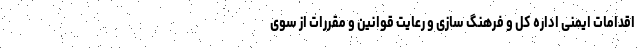
اقدامات ایمنی اداره کل و فرهنگ سازی و رعایت قوانین و مقررات از سوی